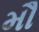
મૌ